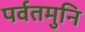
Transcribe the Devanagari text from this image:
पर्वतमुनि